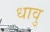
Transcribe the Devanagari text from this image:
धावु